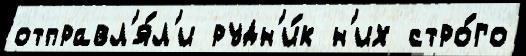
отправл'я́л'и рудн'и́к н'их стро́го